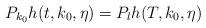
LaTeX: \begin{align*} P_{k_0} h(t,k_0,\eta)= P_{l}h(T,k_0,\eta) \end{align*}